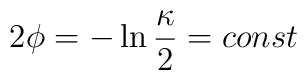
2\phi=-\ln {\kappa \over 2} =  const